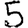
Digit: 5